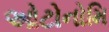
ઓટોનોમિ